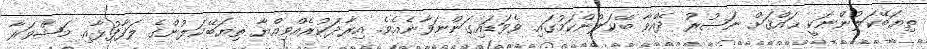
ތިޔަބޭކަލުންނަކީ ޙައްޤަށް ނަޞުރު ދެއްވާ ބޭކަލުންކަމުގައި ވެވަޑައިގަންނަވާނެއެވެ. އިރާދަކުރެއްވިއްޔާ ތިޔަބޭކަލުންގެ ލަފާފުޅާއި މަޝްވަރާ